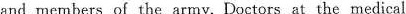
and members of the army. Doctors at the medical